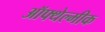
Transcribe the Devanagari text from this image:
ऑफ्थेल्मीक